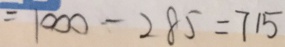
= 1 0 0 0 - 2 8 5 = 7 1 5